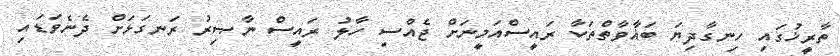
ތާރީޚުގައި ހިނގާދިޔަ ބަޣާވާތްތަކާ ރައީސްއަމީނަށް ޖެއްސި ހާލު ރައީސް ނާޞިރު ރަނގަޅަށް ދެނެވަޑައި